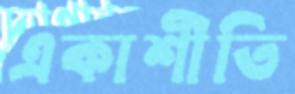
একাশীতি